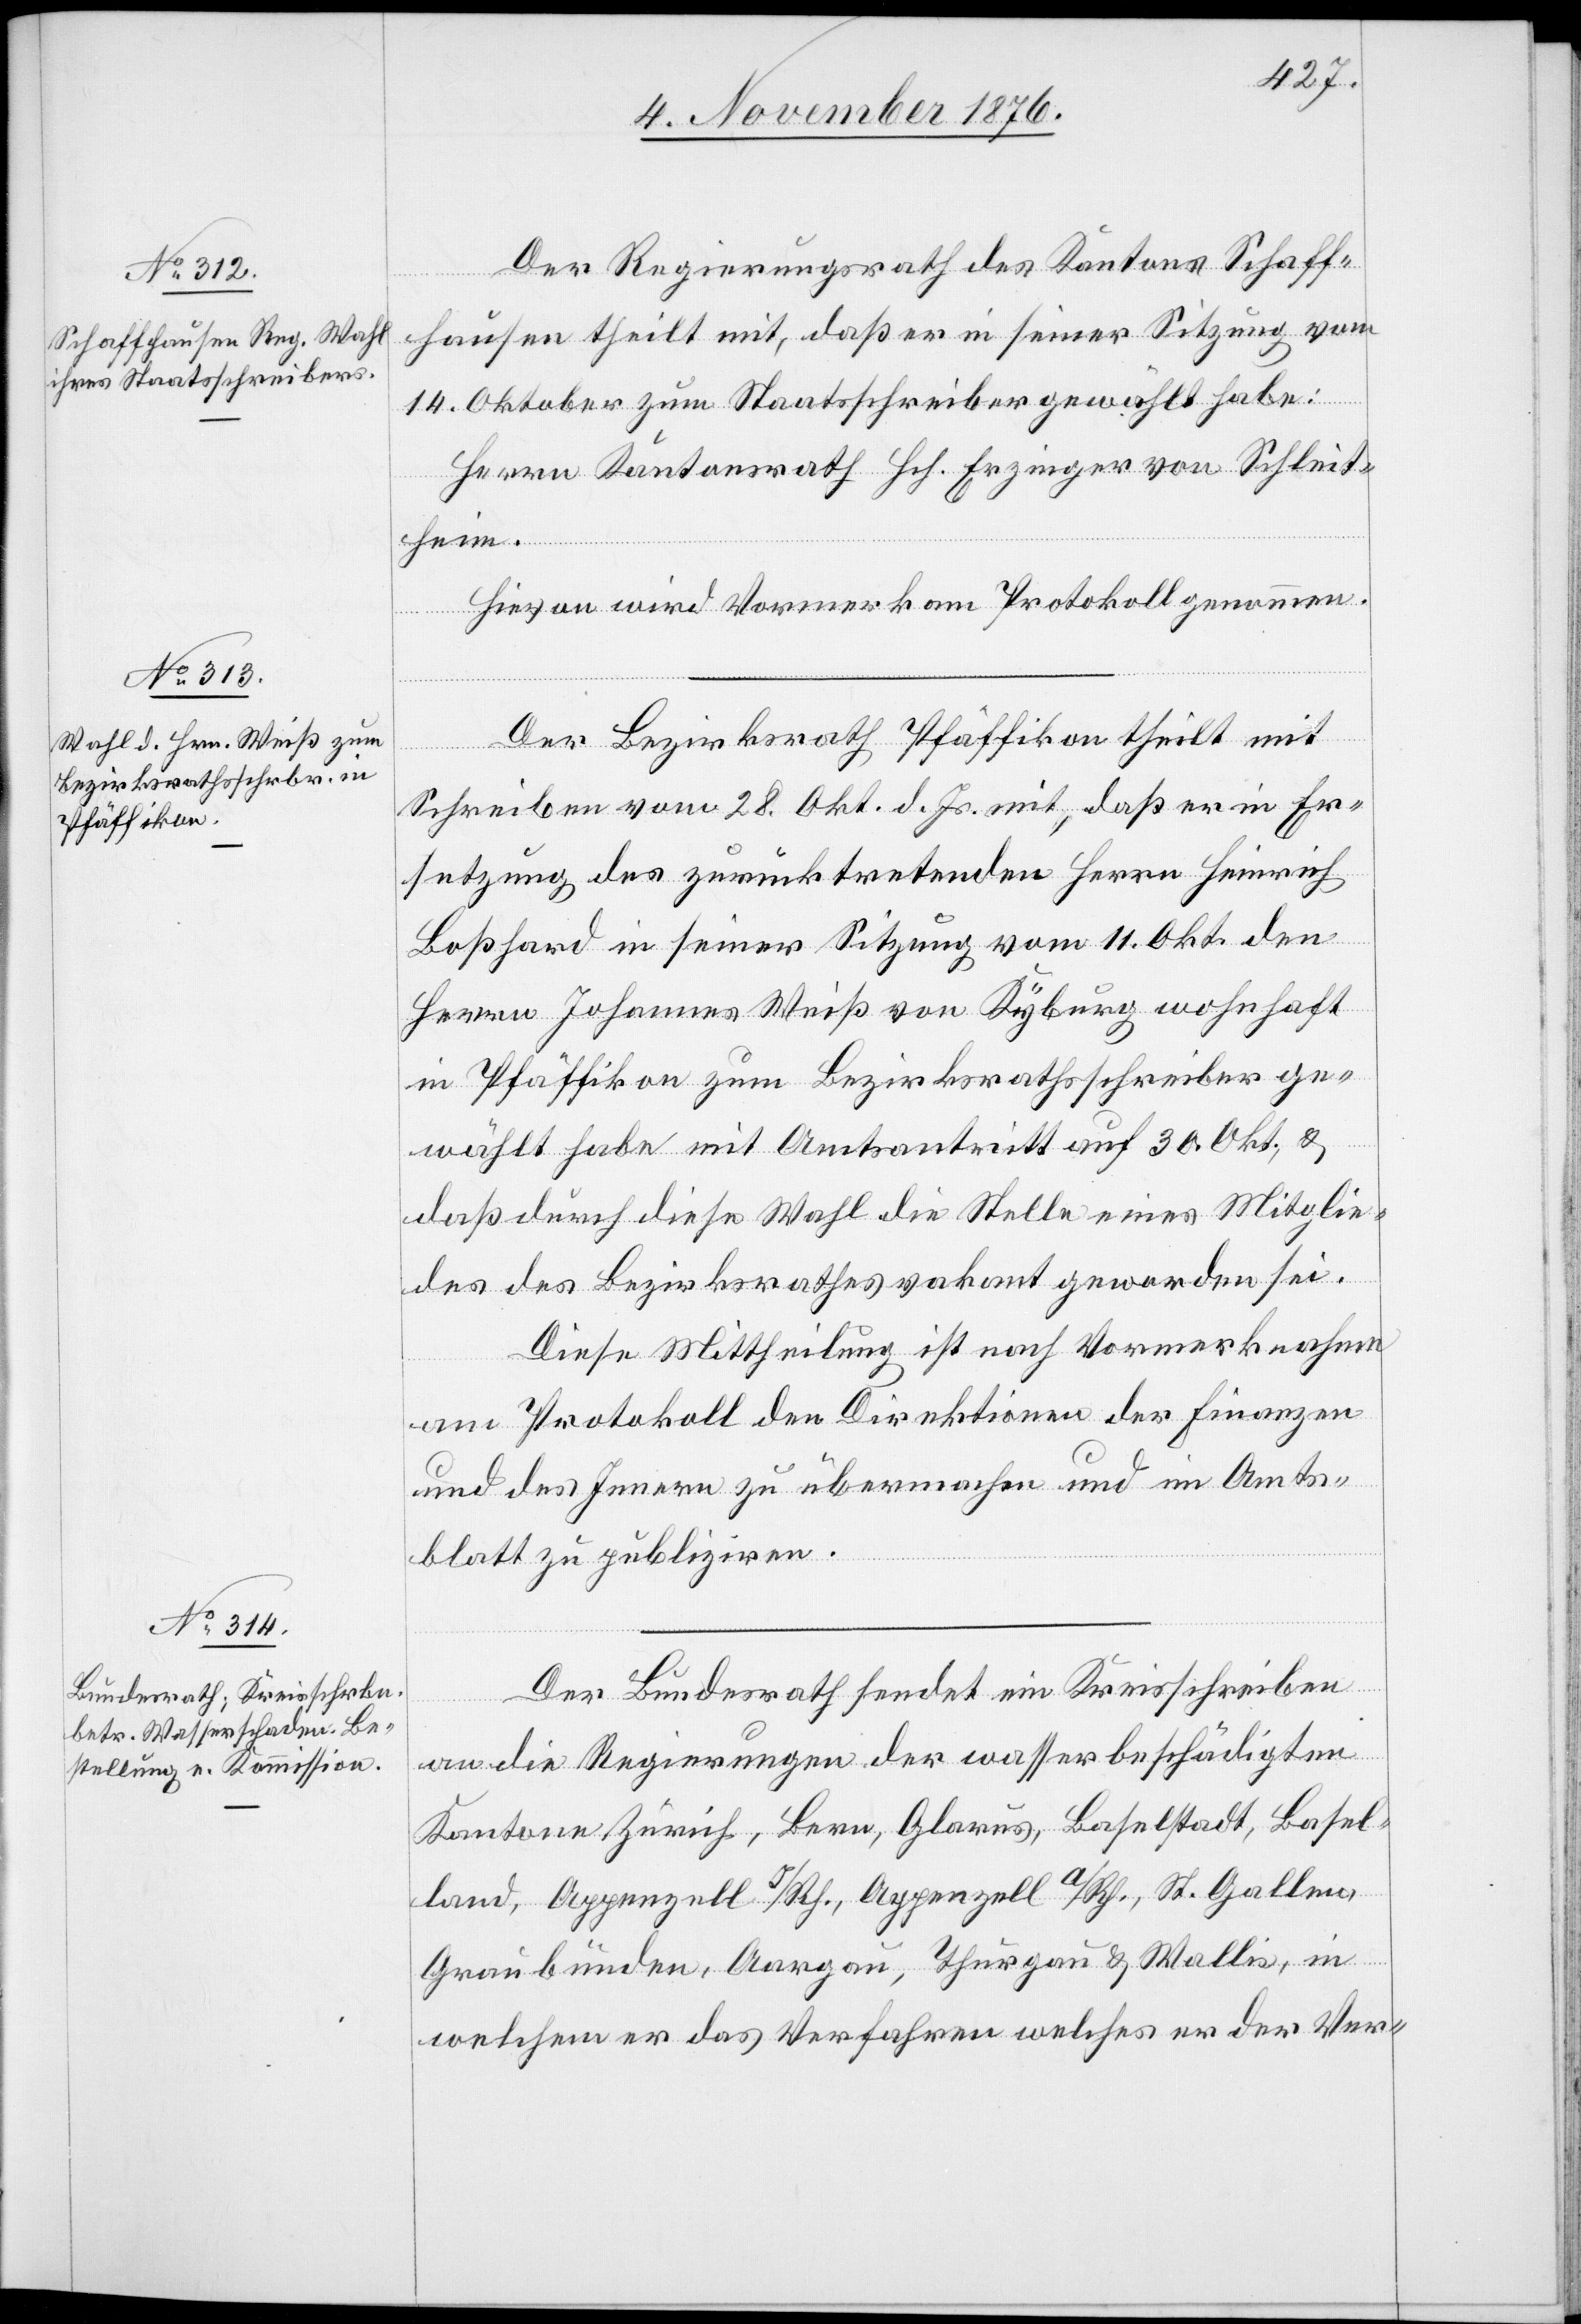
Der Regierungsrath des Kantons Schaff¬
hausen theilt mit, daß er in seiner Sitzung vom
14. Oktober zum Staatsschreiber gewählt habe:
Herrn Kantonsrath Hch. Erzinger von Schleit¬
heim.
Hievon wird Vormerk am Protokoll genommen.
Der Bezirksrath Pfäffikon theilt mit
Schreiben vom 28. Okt. d. Js. mit, daß er in Er¬
setzung des zurücktretenden Herrn Heinrich
Boßhard in seiner Sitzung vom 11. Okt. den
Herrn Johannes Weiß von Kyburg wohnhaft
in Pfäffikon zum Bezirksrathsschreiber ge¬
wählt habe mit Amtsantritt auf 30. Okt., &
daß durch diese Wahl die Stelle eines Mitglie¬
des des Bezirksrathes vakant geworden sei.
Diese Mittheilung ist nach Vormerknahme
am Protokoll den Direktionen der Finanzen
und des Innern zu übermachen und im Amts¬
blatt zu publiziren.
Der Bundesrath sendet ein Kreisschreiben
an die Regierungen der wasserbeschädigten
Kantone Zürich, Bern, Glarus, Baselstadt, Basel¬
land, Appenzell I/Rh., Appenzell A/Rh., St. Gallen,
Graubünden, Aargau, Thurgau & Wallis, in
welchem er das Verfahren welches er der Ver-